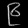
Digit: ၉